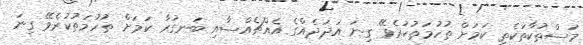
މަސްތުކާތަކެތި ކަމަށް ތުހުމަތުކުރެވޭ ގިނަ އަދަދެއްގެ އެއްޗެއްސާއި ބަނގުރާ ކަމަށް ތުހުމަތުކުރެވޭ ގިނަ